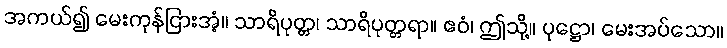
အကယ်၍ မေးကုန်ငြားအံ့။ သာရိပုတ္တ၊ သာရိပုတ္တရာ။ ဧဝံ၊ ဤသို့။ ပုဋ္ဌော၊ မေးအပ်သော။